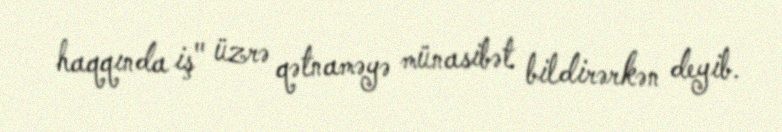
haqqında iş" üzrə qətnaməyə münasibət bildirərkən deyib.